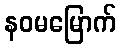
နဝမမြောက်